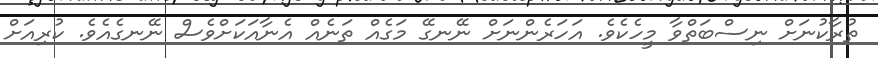
ތުރާކުނަށް ނިސްބަތްވާ މީހެކެވެ. އަހަރެންނަށް ނޭނގޭ މަގެއް ތަނެއް އެނާއަކަށްވެސް ނޭނގެއެވެ. ކުރިއަށް